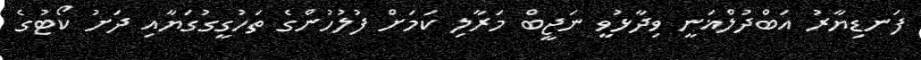
ފަނޑިޔާރު އަބްދުލްޣަނީ ވިދާޅުވީ ނަޖީބް މަރާލި ކަމަށް ފުލުހުންގެ ތަހުގީގުގަޔާއި ދަށު ކޯޓުގެ